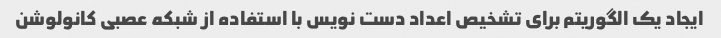
ایجاد یک الگوریتم برای تشخیص اعداد دست نویس با استفاده از شبکه عصبی کانولوشن